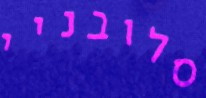
סלובניי